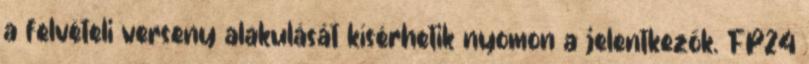
a felvételi verseny alakulását kísérhetik nyomon a jelentkezők. FP24